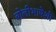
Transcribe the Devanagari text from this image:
बोलीभाषेशी